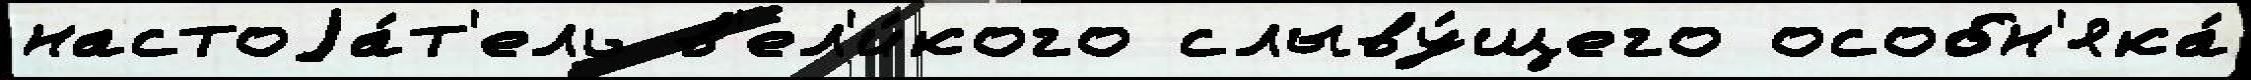
настоjа́т'ель в'ел'и́кого слыву́щего особн'яка́